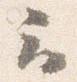
云